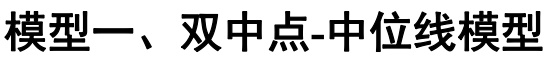
模型一、双中点-中位线模型